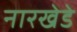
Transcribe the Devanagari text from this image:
नारखेडे